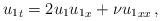
LaTeX: \begin{align*} {u_1}_t=2 u_1 {u_1}_x +\nu {u_1}_{xx}\, ,\end{align*}